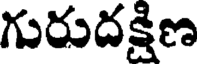
గురుదక్షిణ